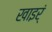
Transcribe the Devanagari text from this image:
खाइर्ं